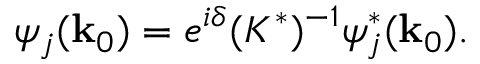
\psi _ { j } ( { \bf k } _ { 0 } ) = e ^ { i \delta } ( K ^ { * } ) ^ { - 1 } \psi _ { j } ^ { * } ( { \bf k } _ { 0 } ) .